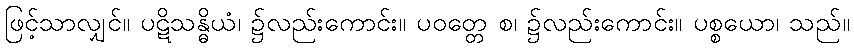
ဖြင့်သာလျှင်။ ပဋိသန္ဓိယံ၊ ၌လည်းကောင်း။ ပဝတ္တေ စ၊ ၌လည်းကောင်း။ ပစ္စယော၊ သည်။